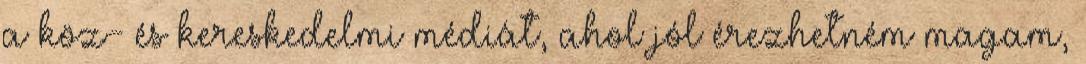
a köz- és kereskedelmi médiát, ahol jól érezhetném magam,